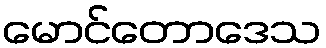
မောင်တောဒေသ